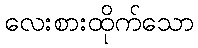
လေးစားထိုက်သော